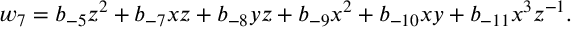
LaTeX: w _ { 7 } = b _ { - 5 } z ^ { 2 } + b _ { - 7 } x z + b _ { - 8 } y z + b _ { - 9 } x ^ { 2 } + b _ { - 1 0 } x y + b _ { - 1 1 } x ^ { 3 } z ^ { - 1 } .